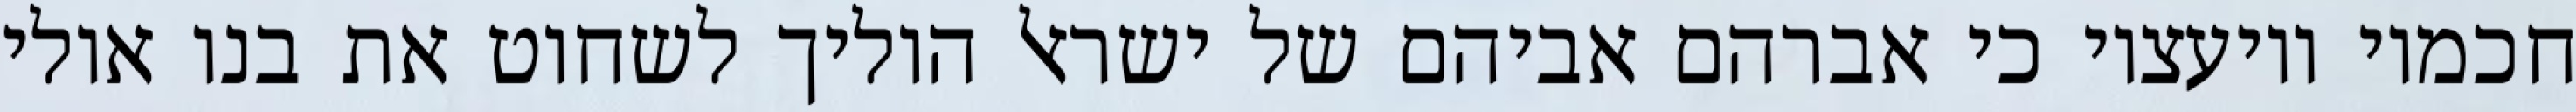
חכמיו ויועציו כי אברהם אביהם של ישראל הוליך לשחוט את בנו אולי